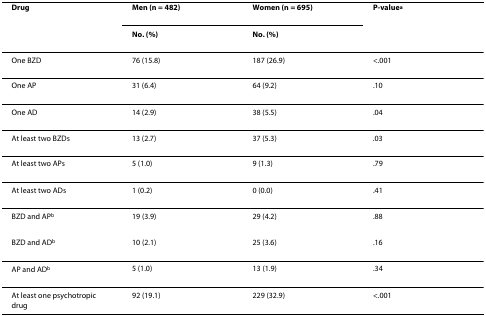
<table><thead><tr><td><b>Drug</b></td><td><b>Men (n = 482)</b></td><td><b>Women (n = 695)</b></td><td><b>P-value<sup>a</sup></b></td></tr><tr><td></td><td><b>No. (%)</b></td><td><b>No. (%)</b></td><td></td></tr></thead><tbody><tr><td>One BZD</td><td>76 (15.8)</td><td>187 (26.9)</td><td>&lt;.001</td></tr><tr><td>One AP</td><td>31 (6.4)</td><td>64 (9.2)</td><td>.10</td></tr><tr><td>One AD</td><td>14 (2.9)</td><td>38 (5.5)</td><td>.04</td></tr><tr><td>At least two BZDs</td><td>13 (2.7)</td><td>37 (5.3)</td><td>.03</td></tr><tr><td>At least two APs</td><td>5 (1.0)</td><td>9 (1.3)</td><td>.79</td></tr><tr><td>At least two ADs</td><td>1 (0.2)</td><td>0 (0.0)</td><td>.41</td></tr><tr><td>BZD and AP<sup>b</sup></td><td>19 (3.9)</td><td>29 (4.2)</td><td>.88</td></tr><tr><td>BZD and AD<sup>b</sup></td><td>10 (2.1)</td><td>25 (3.6)</td><td>.16</td></tr><tr><td>AP and AD<sup>b</sup></td><td>5 (1.0)</td><td>13 (1.9)</td><td>.34</td></tr><tr><td>At least one psychotropic drug</td><td>92 (19.1)</td><td>229 (32.9)</td><td>&lt;.001</td></tr></tbody></table>